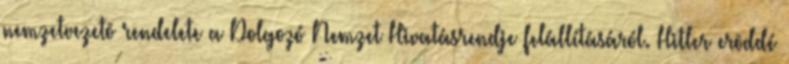
nemzetvezetõ rendelete a Dolgozó Nemzet Hivatásrendje felállításáról. Hitler erõddé